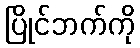
ပြိုင်ဘက်ကို